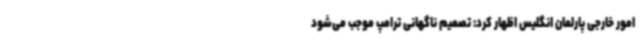
امور خارجی پارلمان انگلیس اظهار کرد: تصمیم ناگهانی ترامپ موجب می‌شود